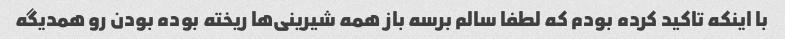
با اینکه تاکید کرده بودم که لطفا سالم برسه باز همه شیرینی‌ها ریخته بوده بودن رو همدیگه